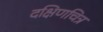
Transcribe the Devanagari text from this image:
दक्षिणचित्र